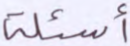
أسئلة